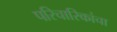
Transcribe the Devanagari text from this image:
परिचारिकांचा